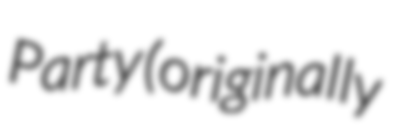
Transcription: Party (originally